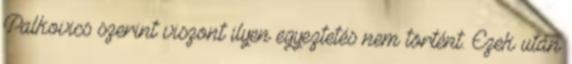
Palkovics szerint viszont ilyen egyeztetés nem történt. Ezek után